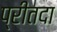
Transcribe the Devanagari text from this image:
प्रीतदा